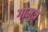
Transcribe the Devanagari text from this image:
गोमुत्र